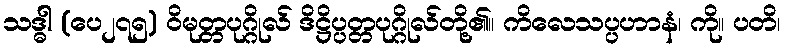
သဒ္ဓါ (ပေ၂၇၅) ဝိမုတ္တပုဂ္ဂိုလ် ဒိဋ္ဌိပ္ပတ္တပုဂ္ဂိုလ်တို့၏။ ကိလေသပ္ပဟာနံ၊ ကို။ ပတိ၊